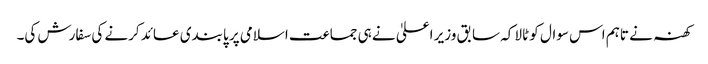
کھنہ نے تاہم اس سوال کو ٹالا کہ سابق وزیر اعلیٰ نے ہی جماعت اسلامی پر پابندی عائد کرنے کی سفارش کی۔